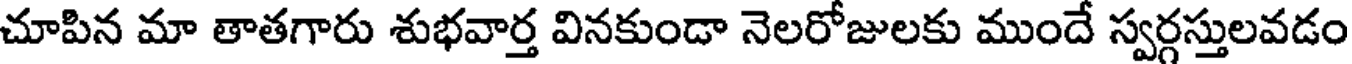
చూపిన మా తాతగారు శుభవార్త వినకుండా నెలరోజులకు ముందే స్వర్గస్తులవడం